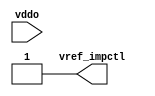
module bw_io_dtl_vref (/*AUTOARG*/
   // Inputs
   vref_impctl, vddo
   );

   /*AUTOOUTPUT*/
   // Beginning of automatic outputs (from unused autoinst outputs)
   output        vref_impctl;
   input         vddo;              // From cluster_header0 of cluster_header.v
assign vref_impctl = 1'b1;
endmodule